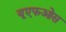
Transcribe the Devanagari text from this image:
यूएफओस